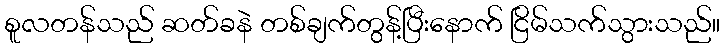
စူလတန်သည် ဆတ်ခနဲ တစ်ချက်တွန့်ပြီးနောက် ငြိမ်သက်သွားသည်။